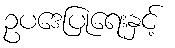
ဥပဒေပြုရေးနှင့်